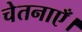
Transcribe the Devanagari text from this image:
चेतनाएँ।